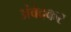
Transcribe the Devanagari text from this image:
अंवेदकर